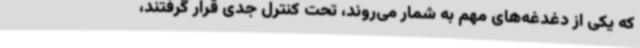
که یکی از دغدغه‌های مهم به شمار می‌روند، تحت کنترل جدی قرار گرفتند،